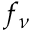
f _ { \nu }